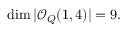
\dim | { \mathcal O } _ { Q } ( 1 , 4 ) | = 9 .